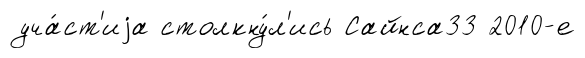
уча́ст'иjа столкну́л'ись Сайнса33 2010-е